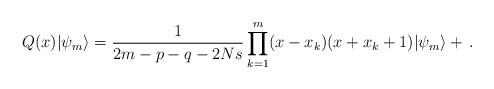
LaTeX: \begin{align*} Q(x)|\psi_m\rangle= \frac{1}{2m-p-q-2Ns}\prod_{k=1}^m(x-x_k)(x+x_k+1)|\psi_m\rangle+\,.\end{align*}